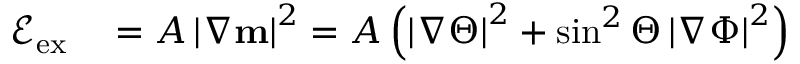
\begin{array} { r l } { \mathcal { E } _ { \mathrm { e x } } } & { { } = A \left| \nabla \mathbf { m } \right| ^ { 2 } = A \left( \left| \nabla \Theta \right| ^ { 2 } + \sin ^ { 2 } \Theta \left| \nabla \Phi \right| ^ { 2 } \right) } \end{array}